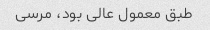
طبق معمول عالی بود، مرسی